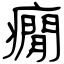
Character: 癇